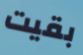
بقيت